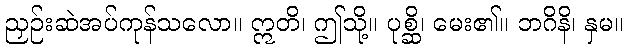
ညှဉ်းဆဲအပ်ကုန်သလော။ ဣတိ၊ ဤသို့။ ပုစ္ဆိ၊ မေး၏။ ဘဂိနိ၊ နှမ။